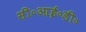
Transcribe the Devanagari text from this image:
सी॰आई॰डी॰